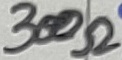
Text: 300Ω